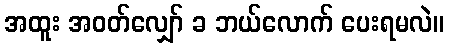
အထူး အဝတ်လျှော် ခ ဘယ်လောက် ပေးရမလဲ။